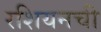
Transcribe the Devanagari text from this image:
रशियनची